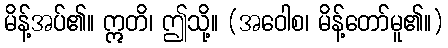
မိန့်အပ်၏။ ဣတိ၊ ဤသို့။ (အဝေါစ၊ မိန့်တော်မူ၏။)